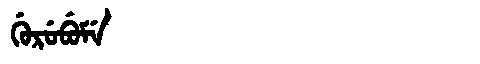
Manchu: ᡤᡠᡵᡠᠪᡠᠮᡝ
Romanization: GURUBUME